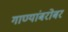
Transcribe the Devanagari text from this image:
गाण्यांबरोबर